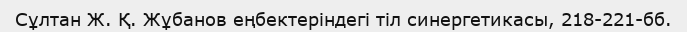
Сұлтан Ж. Қ. Жұбанов еңбектеріндегі тіл синергетикасы, 218-221-бб.